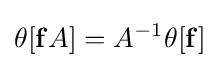
\theta [\mathbf {f} A]=A^{-1}\theta [\mathbf {f} ]